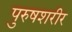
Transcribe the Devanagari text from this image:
पुरुषशरीर